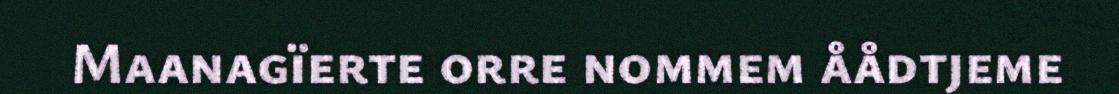
Maanagïerte orre nommem åådtjeme